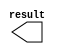
module const_npix (
	result);

	output	[18:0]  result;

endmodule